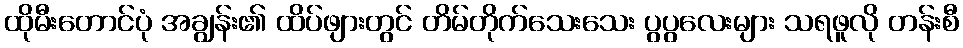
ထိုမီးတောင်ပုံ အချွန်း၏ ထိပ်ဖျားတွင် တိမ်တိုက်သေးသေး ပွပွလေးများ သရဖူလို တန်းစီ